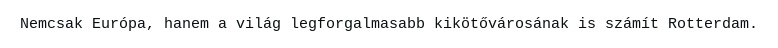
Nemcsak Európa, hanem a világ legforgalmasabb kikötővárosának is számít Rotterdam.